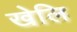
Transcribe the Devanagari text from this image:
खेलि